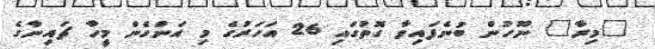
"މިރާ" ނޫހުން ބުނެފައިވާ ގޮތުގައި 26 އަހަރުގެ މި އަންހެން މީހާ ޗައިނާގެ